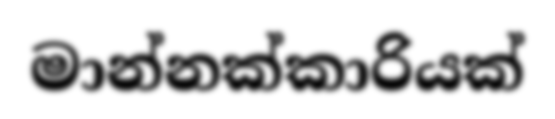
මාන්නක්කාරියක්